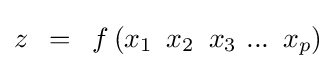
z\,\,\,=\,\,\,f\left({x_{1}\,\,\,x_{2}\,\,\,x_{3}\,\,...\,\,\,x_{p}}\right)